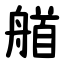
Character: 艏